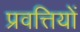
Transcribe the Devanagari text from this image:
प्रवत्तियों